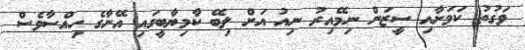
ވަގުތު ކަމަށާއި ސީޒަން ނިމޭއިރު ނިއު އަށް ލިބޭ ކާމިޔާބީގައި އޭނާގެ ހިއްސާވެސް